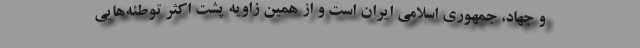
و جهاد، جمهوری اسلامی ایران است و از همین زاویه پشت اکثر توطئه‌هایی